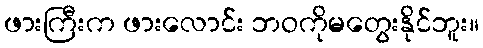
ဖားကြီးက ဖားလောင်း ဘဝကိုမတွေးနိုင်ဘူး။